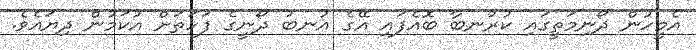
އެމީހުން ދޯނިމަތީގައި ކުރުނބާ ބޮއެފައި އޭގެ އުނބު ދޯނީގެ ފަހަތަށް އުކަމުން ދިޔައެވެ.